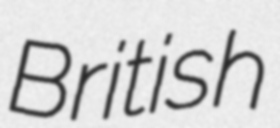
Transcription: British